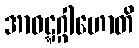
အာဝဋ္ဋဂ္ဂါဟောတိ